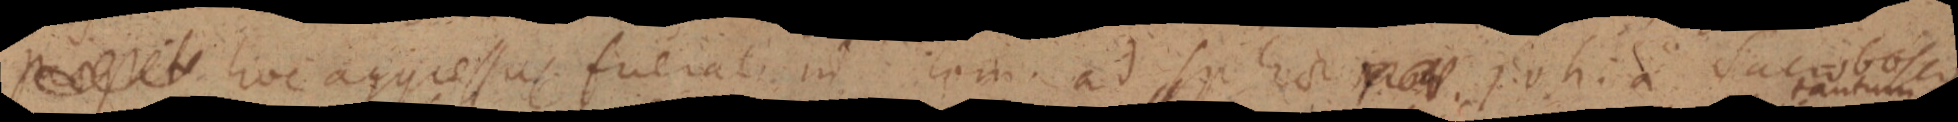
_ hoc aggressus fuerat in com ad sphaera _. johia sacerdosse